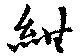
紺